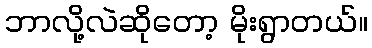
ဘာလို့လဲဆိုတော့ မိုးရွာတယ်။